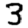
Digit: 3